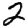
Digit: 2